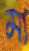
মা